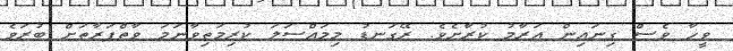
ވީހާ ވެސް ގިނައިން އަރާމު ކުރާށެވެ. ރޭގަނޑު މިމައްސަލަ ކުރިމަތިވާނަމަ ވާތްފަރާތަށް ބުރަވެ